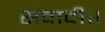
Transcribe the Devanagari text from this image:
संवादी॥